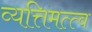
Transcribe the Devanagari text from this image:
व्यत्तिमत्त्व